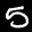
Label: 5